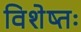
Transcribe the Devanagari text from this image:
विशेष्तः